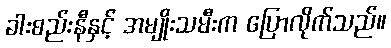
ခါးစည်းနီနှင့် အမျိုးသမီးက ပြောလိုက်သည်။